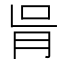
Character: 𦙃